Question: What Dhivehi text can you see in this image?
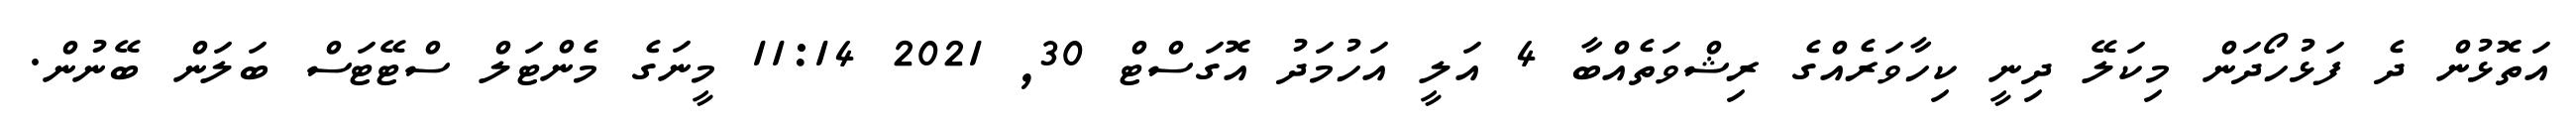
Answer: އަތޮޅުން ދެ ފަޅުހޯދަން މިކަލޭ ދިނީ ކިހާވަރެއްގެ ރިޝްވަތެއްބާ 4 އަލީ އަހުމަދު އޮގަސްޓް 30, 2021 11:14 މީނަގެ މެންޓަލް ސްޓޭޓަސް ބަލަން ބޭނުން.